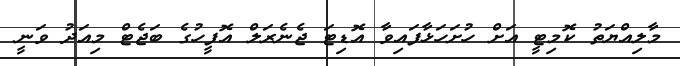
މާލިއްޔަތު ކޮމިޓީ އަށް ހުށަހަޅާފައިވާ އޮޑިޓަ ޖެނެރަލް އޮފީހުގެ ބަޖެޓް މިއަދު ވަނީ